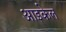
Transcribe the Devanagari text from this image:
आइकेल